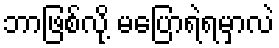
ဘာဖြစ်လို့ မပြောရဲရမှာလဲ